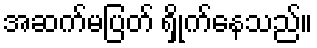
အဆက်မပြတ် ရှိုက်နေသည်။